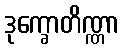
ဒုက္ခောတိဏ္ဏာ